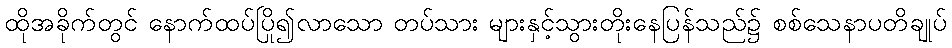
ထိုအခိုက်တွင် နောက်ထပ်ပြို၍လာသော တပ်သား များနှင့်သွားတိုးနေပြန်သည်၌ စစ်သေနာပတိချုပ်